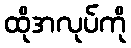
ထိုအလုပ်ကို